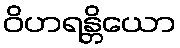
ဝိဟရန္တိယော